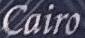
Cairo